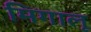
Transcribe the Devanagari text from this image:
मिगालू